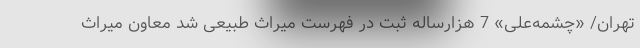
تهران/ «چشمه‌علی» 7 هزارساله ثبت در فهرست میراث طبیعی شد معاون میراث